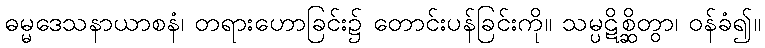
ဓမ္မဒေသနာယာစနံ၊ တရားဟောခြင်း၌ တောင်းပန်ခြင်းကို။ သမ္ပဋိစ္ဆိတွာ၊ ဝန်ခံ၍။